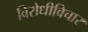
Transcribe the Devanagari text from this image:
विरोधीविचार